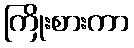
ကြိုးစားကာ